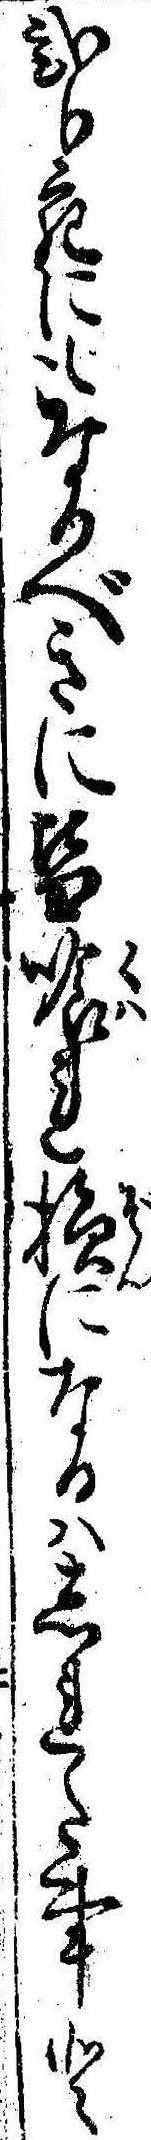
弐分宛にもなるべきに皆喰れ損になるはしれた事と